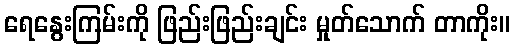
ရေနွေးကြမ်းကို ဖြည်းဖြည်းချင်း မှုတ်သောက် တာကိုး။